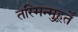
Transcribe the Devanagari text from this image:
तस्मिन्मुहूर्ते